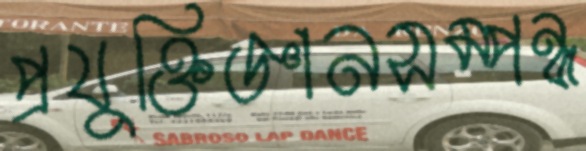
প্রযুক্তিজ্ঞানসম্পন্ন